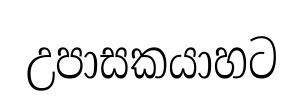
උපාසකයාහට